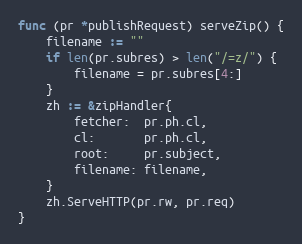
Language: Go
func (pr *publishRequest) serveZip() {
	filename := ""
	if len(pr.subres) > len("/=z/") {
		filename = pr.subres[4:]
	}
	zh := &zipHandler{
		fetcher:  pr.ph.cl,
		cl:       pr.ph.cl,
		root:     pr.subject,
		filename: filename,
	}
	zh.ServeHTTP(pr.rw, pr.req)
}